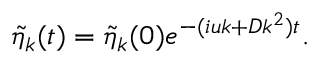
\begin{array} { r } { \widetilde { \eta } _ { k } ( t ) = \widetilde { \eta } _ { k } ( 0 ) e ^ { - ( i u k + D k ^ { 2 } ) t } . } \end{array}